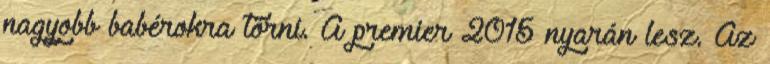
nagyobb babérokra törni. A premier 2015 nyarán lesz. Az